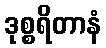
ဒုစ္စရိတာနံ